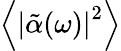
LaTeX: \left\langle\left|\tilde{\alpha}(\omega)\right|^{2}\right\rangle